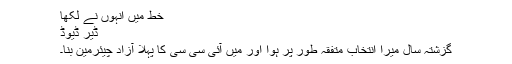
خط میں انہوں نے لکھا
ڈیر ڈیوڈ
گزشتہ سال میرا انتخاب متفقہ طور پر ہوا اور میں آئی سی سی کا پہلا آزاد چیئرمین بنا۔